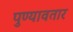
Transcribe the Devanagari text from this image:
पुण्यावतार